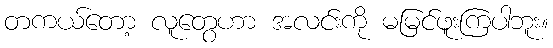
တကယ်တော့ လူတွေဟာ အလင်းကို မမြင်ဖူးကြပါဘူး။